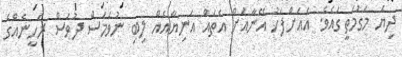
ދިޔަ މަގުމަތީގައެވެ. އެއަށްފަހު އޭނާއަށް އެތައް އަނިޔާއެއް ލިބި ނުވަމަސް ދުވަސް ރަހީނެއްގެ